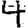
Digit: 4